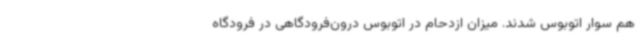
هم سوار اتوبوس شدند. میزان ازدحام در اتوبوس درون‌فرودگاهی در فرودگاه